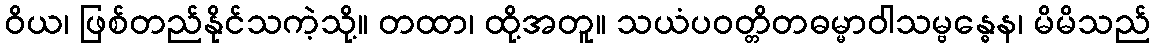
ဝိယ၊ ဖြစ်တည်နိုင်သကဲ့သို့။ တထာ၊ ထို့အတူ။ သယံပဝတ္တိတဓမ္မာဝါသမ္ဗန္ဓေန၊ မိမိသည်